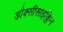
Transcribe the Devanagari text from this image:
डौक्सीसाइक्लिन